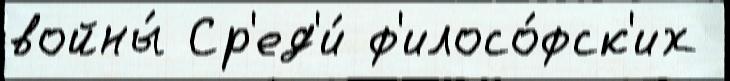
войны́ Ср'ед'и́ ф'илосо́фск'их